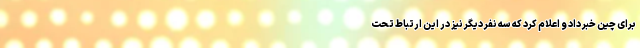
برای چین خبر داد و اعلام کرد که سه نفر دیگر نیز در این ارتباط تحت